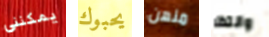
يمكنني يحبوك منهن وانتظر